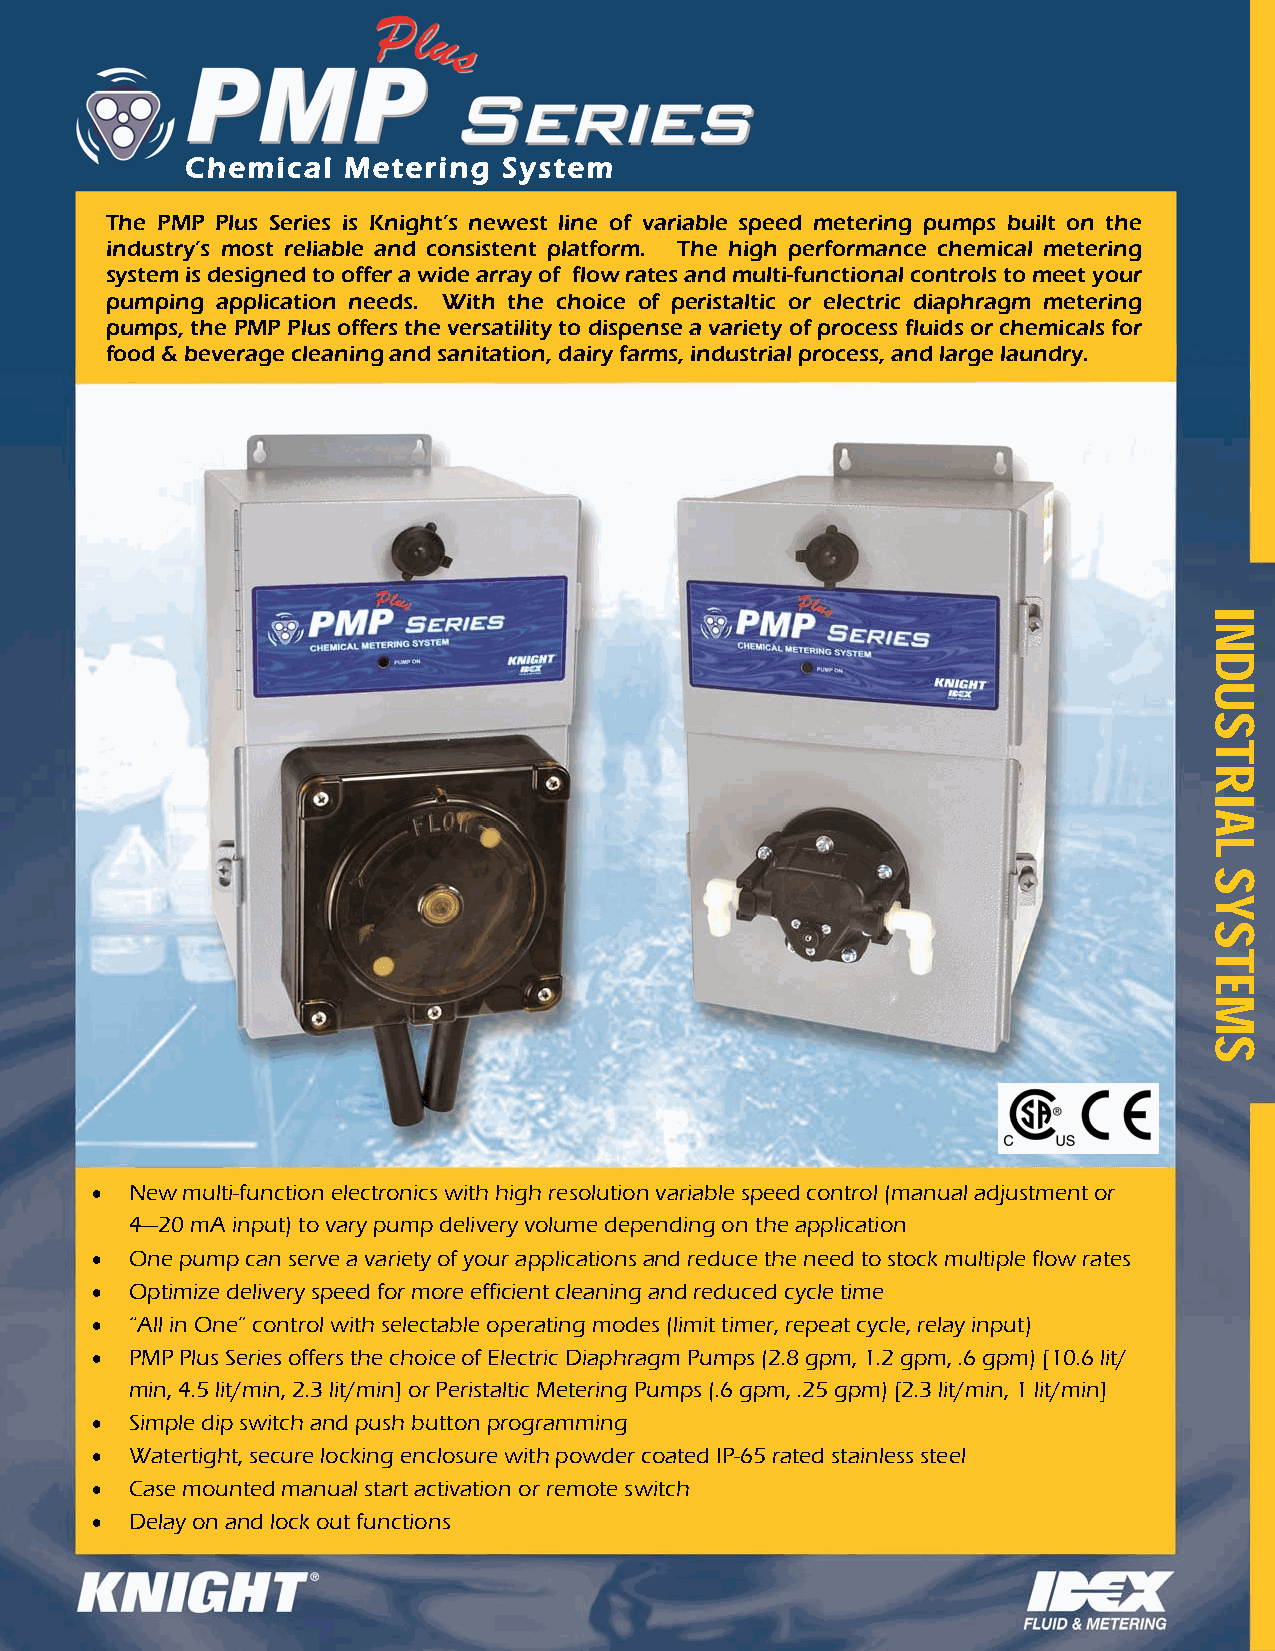
Chemical   Metering  System
 The PMP Plus Series is Knight’s newest line of variable speed metering pumps built on the
 industry’s most reliable and consistent platform. The high performance chemical metering
 system is designed to offer a wide array of flow rates and multi-functional controls to meet your
 pumping application needs. With the choice of peristaltic or electric diaphragm metering
 pumps, the PMP Plus offers the versatility to dispense a variety of process fluids or chemicals for
 food & beverage cleaning and sanitation, dairy farms, industrial process, and large laundry.
  New multi-function electronics with high resolution variable speed control (manual adjustment or
 4—20 mA input) to vary pump delivery volume depending on the application
  One pump can serve a variety of your applications and reduce the need to stock multiple flow rates
  Optimize delivery speed for more efficient cleaning and reduced cycle time
  “All in One” control with selectable operating modes (limit timer, repeat cycle, relay input)
  PMP Plus Series offers the choice of Electric Diaphragm Pumps (2.8 gpm, 1.2 gpm, .6 gpm) [10.6 lit/
 min, 4.5 lit/min, 2.3 lit/min] or Peristaltic Metering Pumps (.6 gpm, .25 gpm) [2.3 lit/min, 1 lit/min]
  Simple dip switch and push button programming
  Watertight, secure locking enclosure with powder coated IP-65 rated stainless steel
  Case mounted manual start activation or remote switch
  Delay on and lock out functions
 INDUSTRIAL
 SYSTEMS